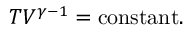
T V ^ { \gamma - 1 } = { \mathrm { c o n s t a n t } } .